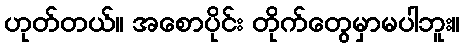
ဟုတ်တယ်။ အစောပိုင်း တိုက်တွေမှာမပါဘူး။